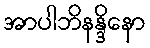
အာပါဘိနန္ဒိနော